Civil Veterinary Dept. North-West Frontier Province 1923-32 - 1923-1932
Year: 1923
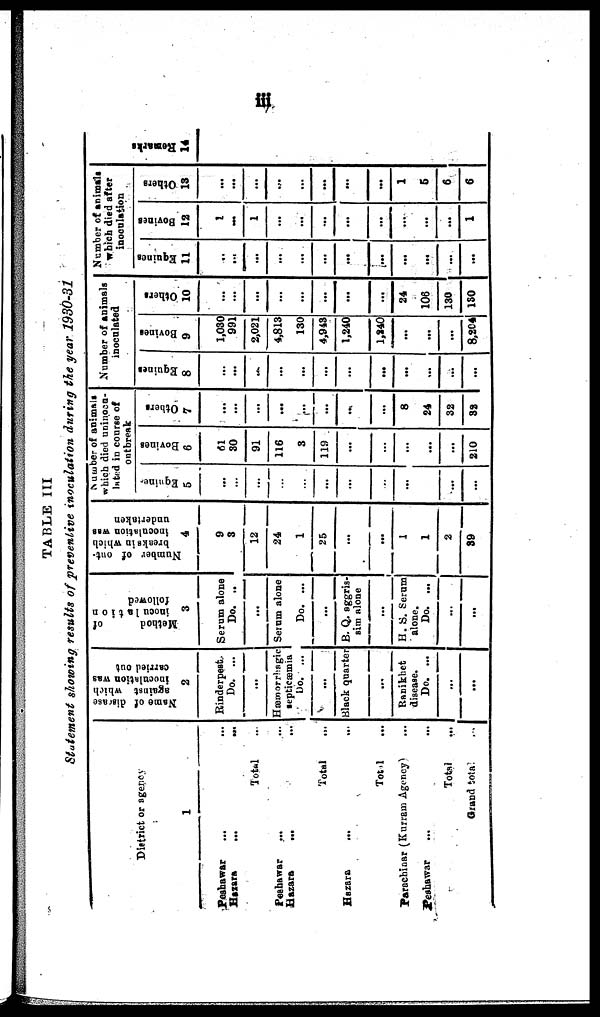
iii
TABLE III
Statement showing results of preventive
inoculation during the year
1930-31
District or agency
1
Peshawar ...
Hazara
...
...
Total ...
Peshawar ... ...
Hazara
... ...
Total
...
Hazara ... ...
Total...
Parachinar (Kurram Agency) ...
Peshawar ...
Total ...
Grand total ...
Name of disease
against which
inoculation was
carried out
2
Rinderpest
Do. ...
...
Hæmorrhagic
septicæmia
Do. ...
...
Black quarter
...
Ranikhet
disease.
Do. ...
...
...
Method
of
inoculation
followed
3
Serum alone
Do. ..
...
Serum alone
Do. ...
...
B. Q. aggris-
aim alone
...
H. S. Serum
alone.
Do. ...
...
...
Number of out-
breaks in which
inoculation was
undertaken
4
9
3
12
24
1
25
...
1
1
2
39
Number of animals
which died uninocu-
lated in course of
outbreak
Equines
5
...
...
...
...
...
...
...
...
...
...
...
...
Bovines
6
61
30
91
116
3
119
...
...
...
...
...
210
Others
7
...
...
...
...
...
...
...
...
8
24
32
32
Number of animals
inoculated
Equines
8
...
...
...
...
...
...
...
...
...
...
...
...
Bovines
9
1,030
991
2,021
4,813
130
4,943
1,240
1,240
...
...
...
8,204
Others
10
...
...
...
...
...
...
...
...
24
106
130
130
Number of animals
which died after
inoculation
Equines
11
...
...
...
...
...
...
...
...
...
...
...
...
Bovines
12
1
...
1
...
...
...
...
...
...
...
...
1
Others
13
...
...
...
...
...
...
...
...
1
5
6
6
Remarks
14